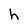
Character: h